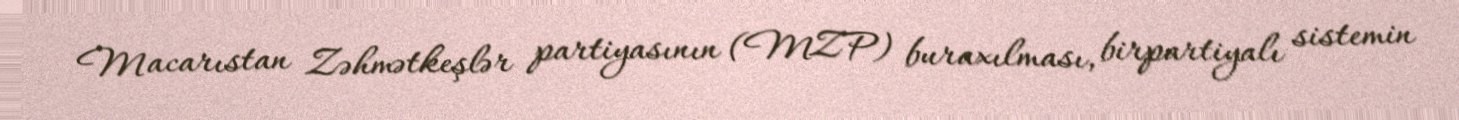
Macarıstan Zəhmətkeşlər partiyasının (MZP) buraxılması, birpartiyalı sistemin